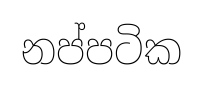
නප්පටික